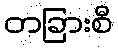
တခြားစီ